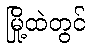
မြို့ထဲတွင်